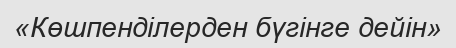
«Көшпенділерден бүгінге дейін»